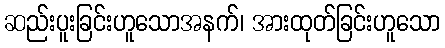
ဆည်းပူးခြင်းဟူသောအနက်၊ အားထုတ်ခြင်းဟူသော